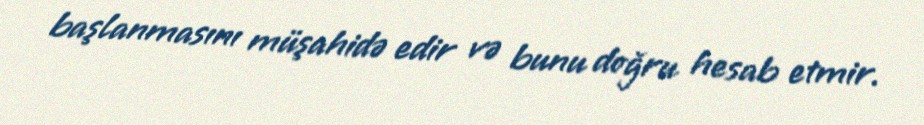
başlanmasını müşahidə edir və bunu doğru hesab etmir.